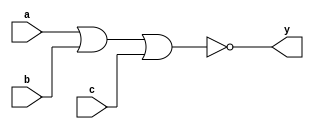
module tri_nor3(
   y,
   a,
   b,
   c
);
   parameter                      WIDTH = 1;
   parameter                      BTR = "NOR3_X2M_NONE";  //Specify full BTR name, else let tool select
   output [0:WIDTH-1]  y;
   input [0:WIDTH-1]   a;
   input [0:WIDTH-1]   b;
   input [0:WIDTH-1]   c;

   // tri_nor3
   genvar 	       i;

   generate
      begin : t
	 for (i = 0; i < WIDTH; i = i + 1)
	   begin : w

	      nor I0(y[i], a[i], b[i], c[i]);

	   end // block: w
      end

   endgenerate
endmodule